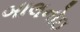
બાલનોઇ